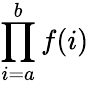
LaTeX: \prod_{i=a}^{b}f(i)